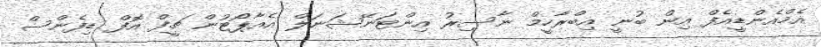
އެމްއެންޑީއެފް އިން ބުނީ އިބްރާހީމް ނާސިރު އިންޓަނޭޝަނަލް އެއާޕޯޓުން ޗީފް އޮފް ޑިފެންސް